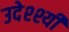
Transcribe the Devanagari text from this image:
उदेश्श्यी